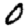
Digit: 0